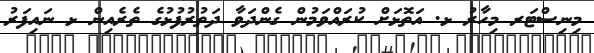
މިނިސްޓަރ މިހާރު ޅ. އަތޮޅަށް ކުރައްވަމުން ގެންދަވާ ދަތުރުފުޅުގެ ތެރެއިން ޅ ނައިފަރު